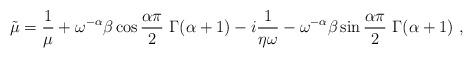
LaTeX: \begin{align*}\tilde{\mu}= \frac{1}{\mu} + \omega^{-\alpha} \beta \cos{\frac{\alpha \pi}{2}} \ \Gamma (\alpha+1) -i \frac{1}{\eta \omega} - \omega^{-\alpha} \beta \sin{\frac{\alpha \pi}{2}} \ \Gamma (\alpha+1) \ ,\end{align*}